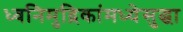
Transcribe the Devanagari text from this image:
ध्वनिमुद्रिकांमध्येसुद्धा